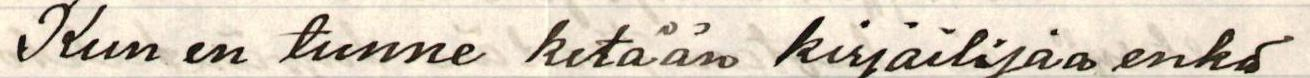
Kun en tunne ketään kirjailijaa enkä